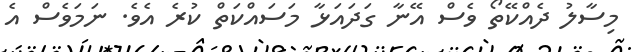
މިސާލު ދެއްކޭތޯ ވެސް އޭނާ ގަދައަޅާ މަސައްކަތް ކުރެ އެވެ. ނަމަވެސް އެ